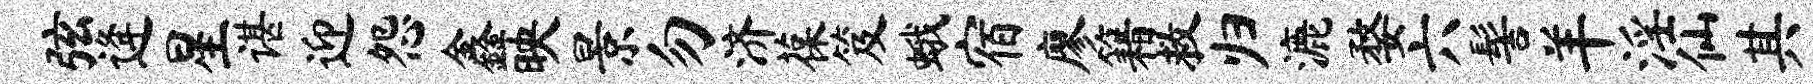
弦逄星谌迎怨鑫映景勿济葆笈蛾宿廖籍救归漉婺六髻羊淫仙其